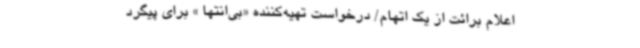
اعلام برائت از یک اتهام/ درخواست تهیه‌کننده «بی‌انتها » برای پیگرد